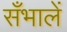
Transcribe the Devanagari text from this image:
सँभालें